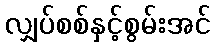
လျှပ်စစ်နှင့်စွမ်းအင်